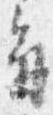
気